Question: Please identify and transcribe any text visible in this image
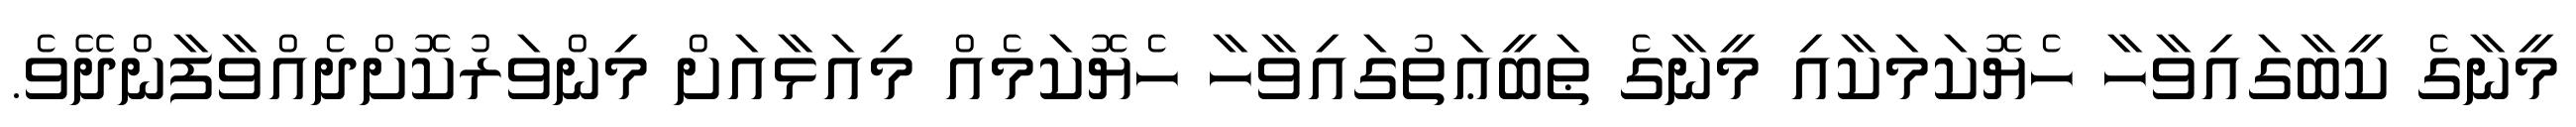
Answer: މީނާގެ ކީބާގައިވާހާ ހެޔޮކަމަކާއި މީނާގެ ޠަބީޢަތުގައިވާހާ ހެޔޮކަމެއް މިއަޅާއަށް މިންވަރުކޮށްދެއްވާފާންދޭވެ.